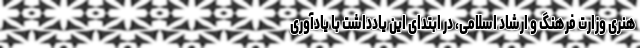
هنری وزارت فرهنگ و ارشاد اسلامی، در ابتدای این یادداشت با یادآوری